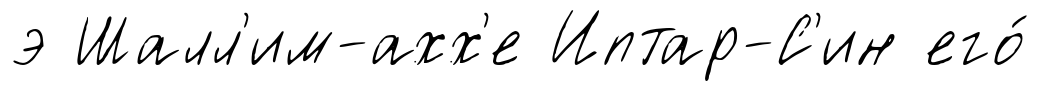
э Шалл'им-ахх'е Иптар-С'ин его́